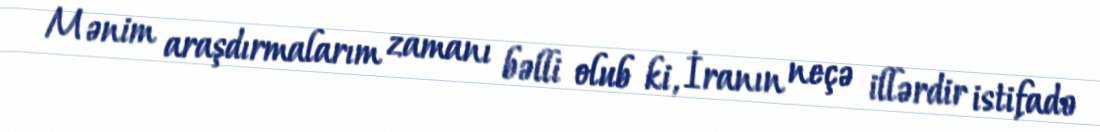
Mənim araşdırmalarım zamanı bəlli olub ki, İranın neçə illərdir istifadə